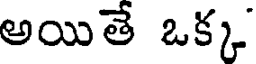
అయితే ఒక్క